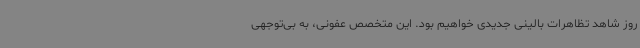
روز شاهد تظاهرات بالینی جدیدی خواهیم بود. این متخصص عفونی، به بی‌توجهی